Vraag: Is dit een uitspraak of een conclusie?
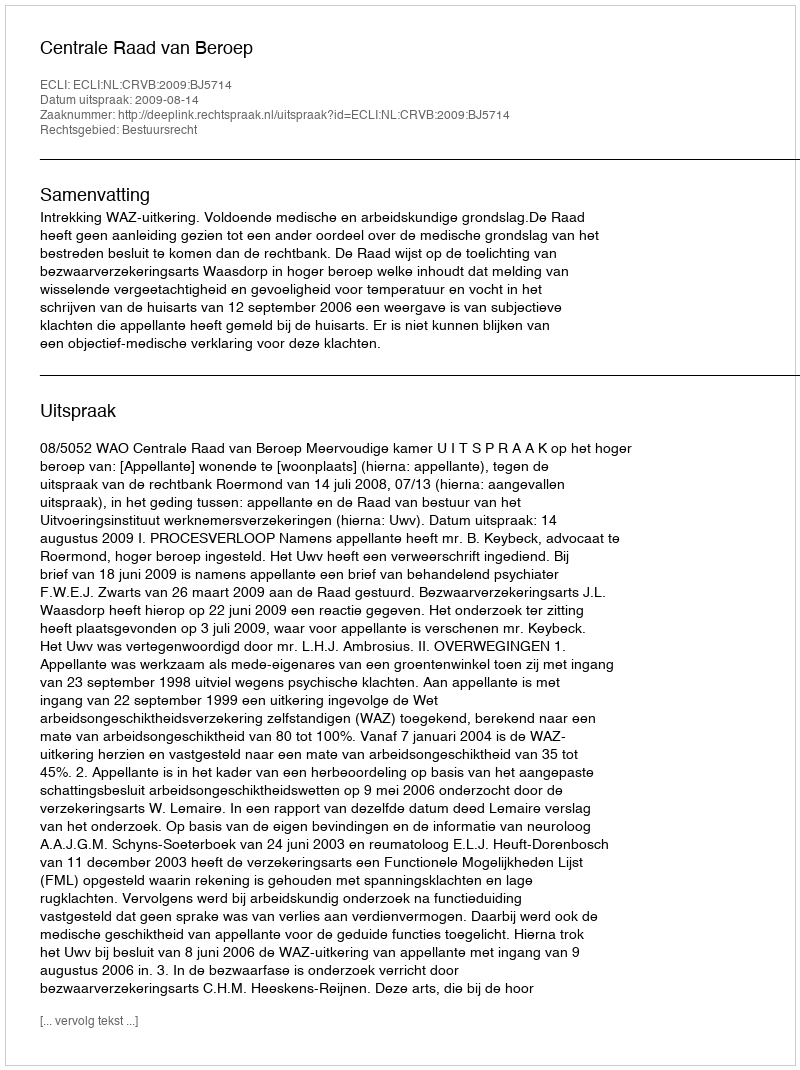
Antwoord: Uitspraak